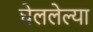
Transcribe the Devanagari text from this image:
घेललेल्या